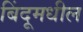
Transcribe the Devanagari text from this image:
बिंदूमधील